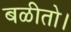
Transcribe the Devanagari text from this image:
बळीतो।